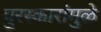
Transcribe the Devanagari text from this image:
पुरस्कारांमुळे